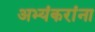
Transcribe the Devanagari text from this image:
अभ्यंकरांना